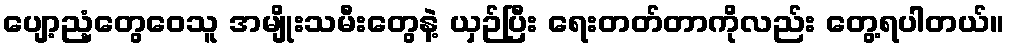
ပျော့ညံ့တွေဝေသူ အမျိုးသမီးတွေနဲ့ ယှဉ်ပြီး ရေးတတ်တာကိုလည်း တွေ့ရပါတယ်။